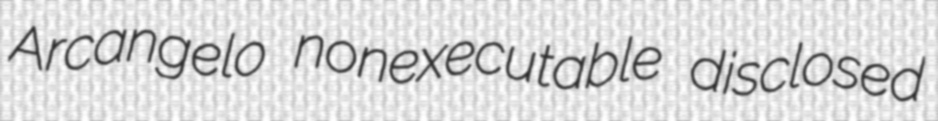
Arcangelo nonexecutable disclosed